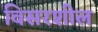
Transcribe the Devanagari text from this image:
विसरशील